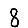
Digit: 8